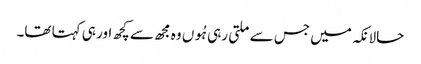
حالانکہ میں جس سے ملتی رہی ہُوں وہ مجھ سے کچھ اور ہی کہتا تھا۔